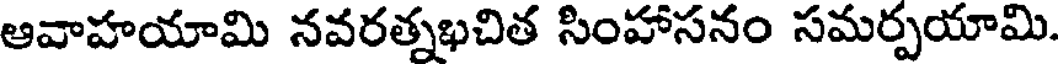
ఆవాహయామి నవరత్నఖచిత సింహాసనం సమర్పయామి.